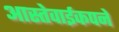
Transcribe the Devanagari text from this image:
आस्तेवाईकपने